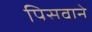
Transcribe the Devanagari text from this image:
पिसवाने